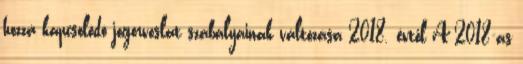
hozzá kapcsolódó jogorvoslat szabályainak változása 2018. évtől A 2018-as